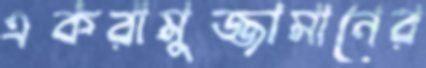
একরামুজ্জামানের